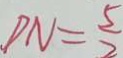
D N = \frac { 5 } { 2 }